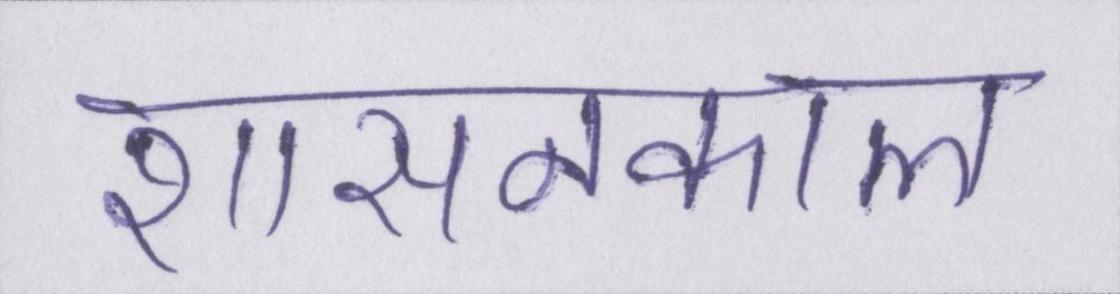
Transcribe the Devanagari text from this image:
शासनकाल